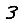
Digit: 3